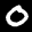
Label: 0